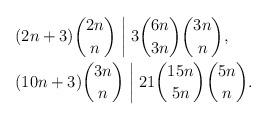
LaTeX: \begin{align*}&(2n+3)\binom{2n}{n}\biggm| 3\binom{6n}{3n}\binom{3n}{n},\\&(10n+3)\binom{3n}{n}\biggm| 21\binom{15n}{5n}\binom{5n}{n}.\end{align*}